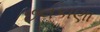
છલકાણા